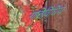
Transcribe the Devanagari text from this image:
गतिविधिय